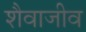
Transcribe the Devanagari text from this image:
शैवाजीव